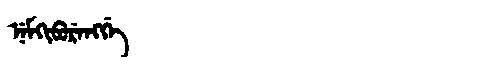
Manchu: ᠨᡝᠮᡴᡳᠪᡠᡵᡝᠩᡤᡝ
Romanization: NEMKIBURENGGE